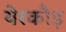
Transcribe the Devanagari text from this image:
येरकौड़